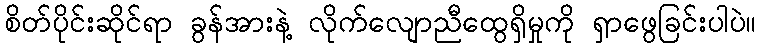
စိတ်ပိုင်းဆိုင်ရာ ခွန်အားနဲ့ လိုက်လျောညီထွေရှိမှုကို ရှာဖွေခြင်းပါပဲ။